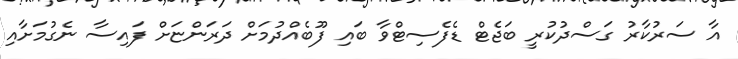
އާ ސަރުކާރު ގަސްދުކުރީ ބަޖެޓް ޑެފެސިޓްވާ ބައި ފޫބެއްދުމަށް ދަރަންޏަށް ފައިސާ ނެގުމަށާއި